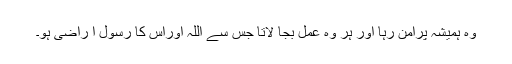
وہ ہمیشہ پرامن رہا اور ہر وہ عمل بجا لاتا جس سے اللہ اوراس کا رسول ا راضی ہو۔